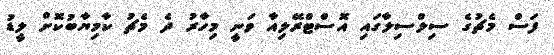
ފަސް މެޗުގެ ސިލްސިލާގައި އޮސްޓްރޭލިއާ ވަނީ މިހާރު ދެ މެޗު ކާމިޔާބުކޮށް ލީޑު